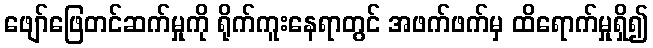
ဖျော်ဖြေတင်ဆက်မှုကို ရိုက်ကူးနေရာတွင် အဖက်ဖက်မှ ထိရောက်မှုရှိ၍